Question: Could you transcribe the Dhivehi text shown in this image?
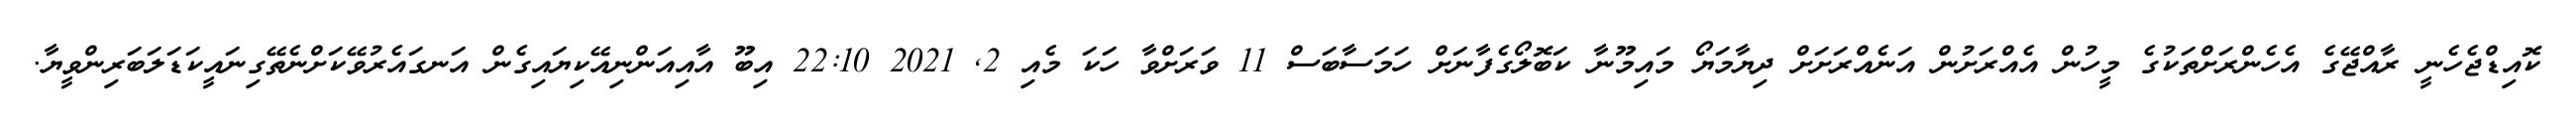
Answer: ކޮއިޑްޖެހެނީ ރާއްޖޭގެ އެހެންރަށްތަކުގެ މީހުން އެއްރަށުން އަނެއްރަށަށް ދިޔާމަޔޯ މައިމޫނާ ކަބޮލޯގެފާނަށް ހަމަސާބަސް 11 ވަރަށްވާ ހަކަ މެއި 2, 2021 22:10 އިބޫ އާއިއަންނިއޭކިޔައިގެން އަނގައެރުވޭކަށްނެތޭގިނައީކަޑަލަބަރިންވީޔާ.